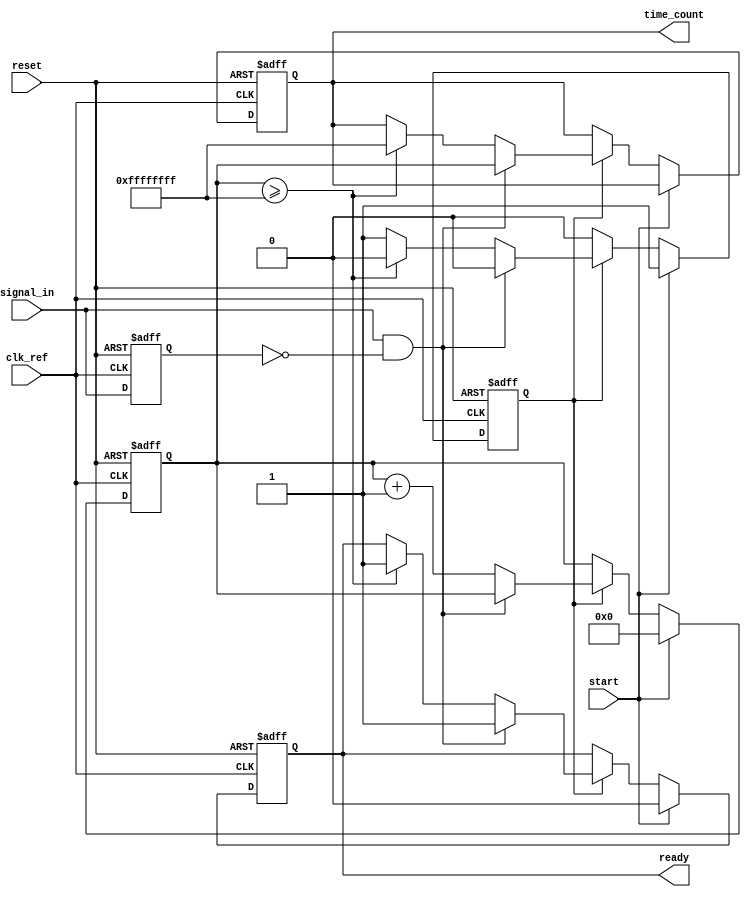
module TDC_PLL (
    input wire clk_ref,           // Reference clock
    input wire signal_in,         // Input signal for timing measurement
    input wire reset,             // Reset signal
    input wire start,             // Start measurement signal
    output reg [31:0] time_count, // Digital output register for time count
    output reg ready              // Ready signal to indicate measurement completion
);

// PLL Parameters
parameter VCO_FREQUENCY = 100;  // VCO frequency in MHz
parameter COUNTER_MAX = 32'hFFFFFFFF; // Max count value

// Internal signals
reg [31:0] counter;
reg edge_detected_prev;
wire edge_detected;
reg measuring;

// Edge Detector
always @(posedge clk_ref or posedge reset) begin
    if (reset) begin
        edge_detected_prev <= 0;
    end else begin
        edge_detected_prev <= signal_in;
    end
end

assign edge_detected = signal_in & ~edge_detected_prev;

// PLL Simulation (Basic Model)
reg [31:0] vco_count; // Counter for VCO clock cycles
always @(posedge clk_ref or posedge reset) begin
    if (reset) begin
        vco_count <= 0;
    end else begin
        vco_count <= vco_count + 1;
        if (vco_count >= (1000000000 / VCO_FREQUENCY) - 1) begin // Adjust for VCO frequency
            vco_count <= 0;
            // Generate VCO clock signal (not used in this simplified model)
        end
    end
end

// Time Measurement Unit
always @(posedge clk_ref or posedge reset) begin
    if (reset) begin
        counter <= 0;
        time_count <= 0;
        measuring <= 0;
        ready <= 0;
    end else if (start) begin
        measuring <= 1;
        counter <= 0;
        ready <= 0;
    end else if (measuring) begin
        if (edge_detected) begin
            measuring <= 0;
            time_count <= counter; // Store the counted value
            ready <= 1;            // Indicate measurement is done
        end else begin
            counter <= counter + 1; // Increment counter for each VCO cycle
            if (counter >= COUNTER_MAX) begin
                measuring <= 0; // Stop counting if max reached
                time_count <= COUNTER_MAX; // Store max count
                ready <= 1; // Indicate measurement is done
            end
        end
    end
end

endmodule